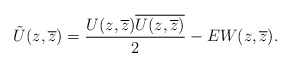
\begin{align*}\tilde{U}(z,\overline{z})=\frac{U(z,\overline{z})\overline{U(z,\overline{z})}}{2}-EW(z,\overline{z}).\end{align*}